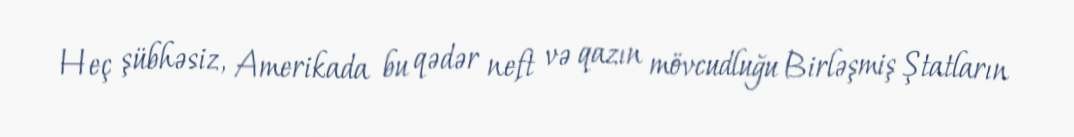
Heç şübhəsiz, Amerikada bu qədər neft və qazın mövcudluğu Birləşmiş Ştatların